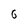
Character: 6